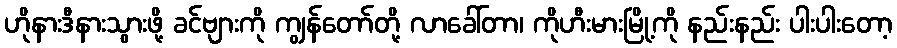
ဟိုနားဒီနားသွားဖို့ ခင်ဗျားကို ကျွန်တော်တို့ လာခေါ်တာ၊ ကိုဟီးမားမြို့ကို နည်းနည်း ပါးပါးတော့